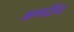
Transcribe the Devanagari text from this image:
अगदींच